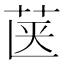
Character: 𮎿